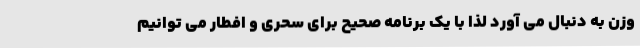
وزن به دنبال می آورد لذا با یک برنامه صحیح برای سحری و افطار می توانیم